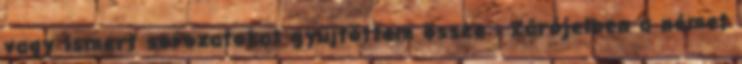
vagy ismert sorozatokat gyűjtöttem össze : Zárójelben a német